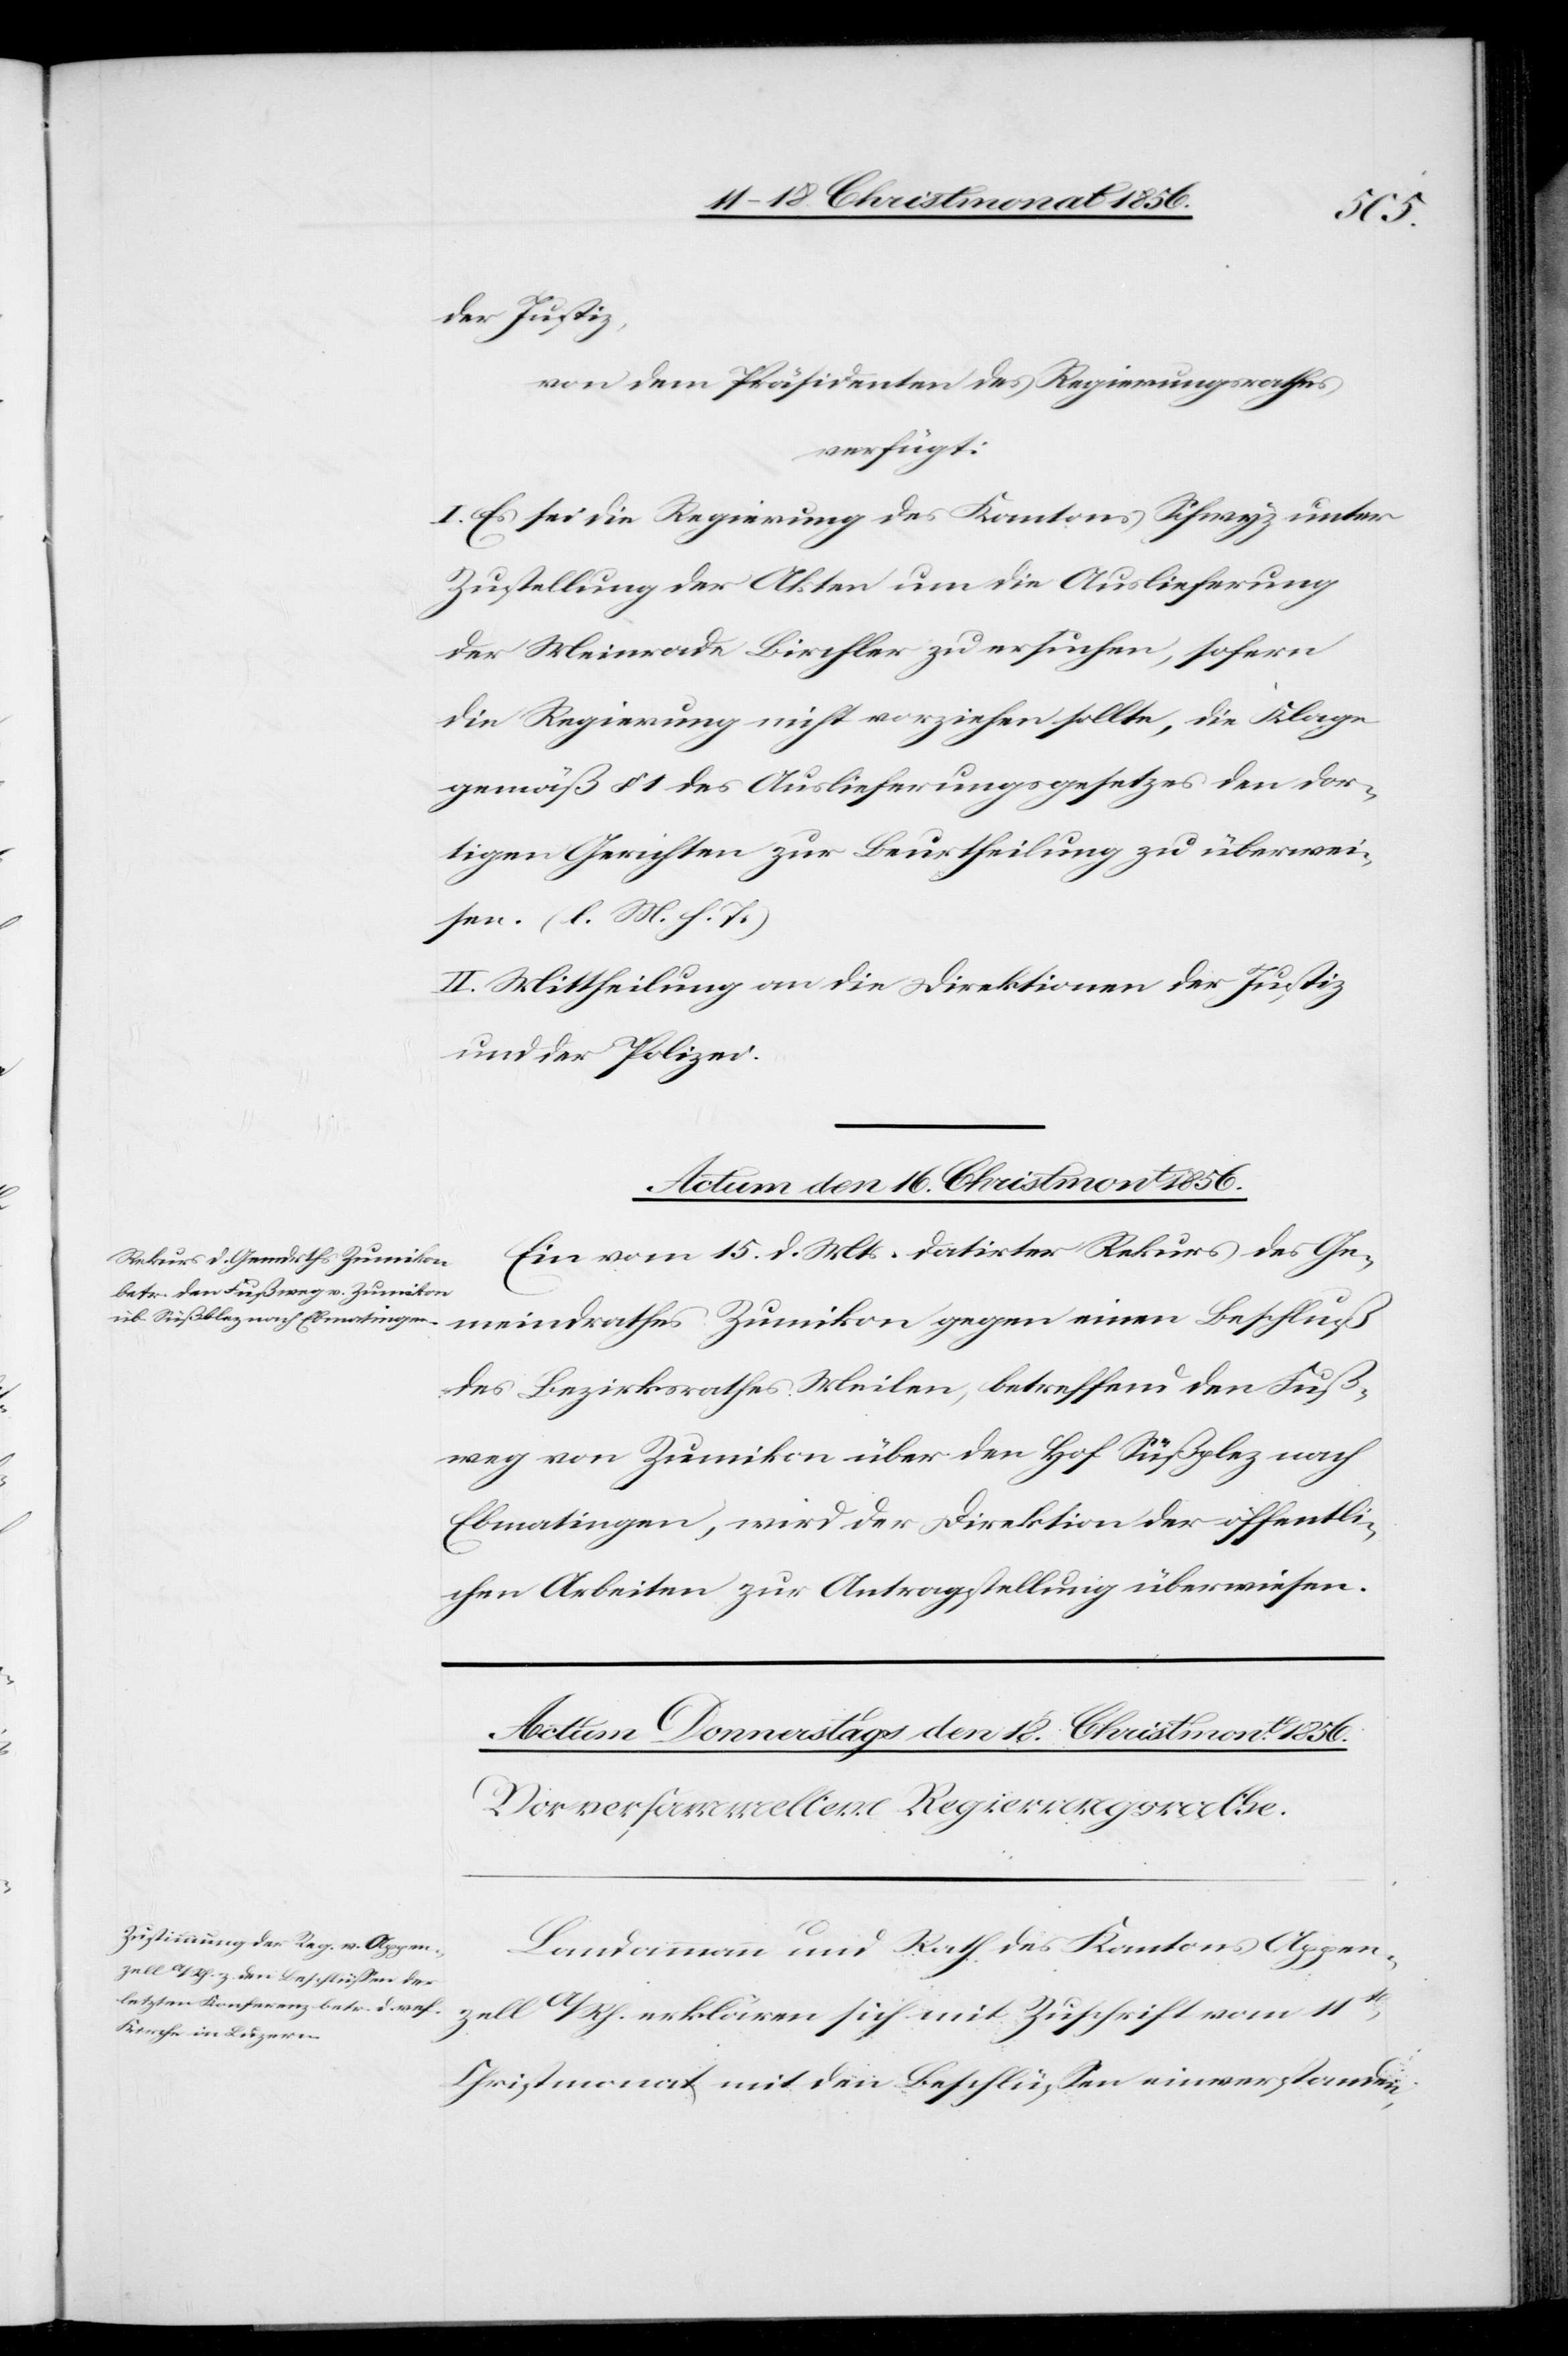
der Justiz,
von dem Präsidenten des Regierungsrathes
verfügt:
I. Es sei die Regierung des Kantons Schwyz unter
Zustellung der Akten um die Auslieferung
der Meinrade Birchler zu ersuchen, sofern
die Regierung nicht vorziehen sollte, die Klage
gemäß § 1 des Auslieferungsgesetzes den dor¬
tigen Gerichten zur Beurtheilung zu überwei¬
sen. (l. M. h. T.)
II. Mittheilung an die Direktionen der Justiz
und der Polizei.
Actum den 16. Christmont 1856.
Ein vom 15. d. Mts. datirter Rekurs des Ge¬
meindrathes Zumikon gegen einen Beschluß
des Bezirksrathes Meilen, betreffend den Fuß¬
weg von Zumikon über den Hof Süßplez [sic!]
Ebmatingen, wird der Direktion der öffentli¬
chen Arbeiten zur Antragstellung überwiesen.
Landammann und Rath des Kantons Appen¬
zell A/Rh. erklären sich mit Zuschrift vom 11t
Christmonat mit den Beschlüssen einverstanden,